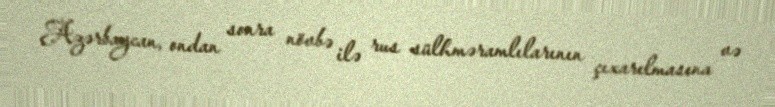
Azərbaycan, ondan sonra növbə ilə rus sülhməramlılarının çıxarılmasına və